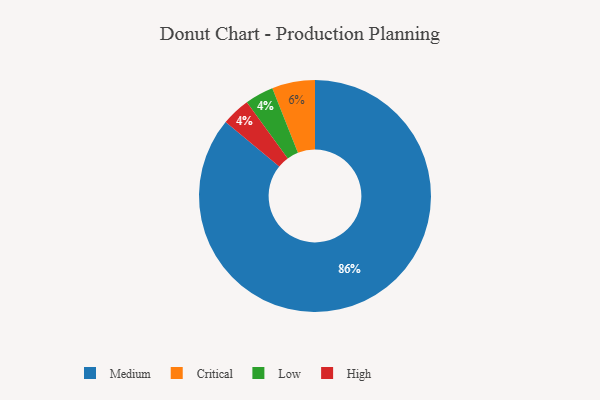
{"axis": {"x": "Category", "y": "Percentage"}, "legend": ["Critical", "High", "Low", "Medium"], "data": [{"x": "Critical", "y": 6, "type": "Critical"}, {"x": "Low", "y": 4, "type": "Low"}, {"x": "High", "y": 4, "type": "High"}, {"x": "Medium", "y": 86, "type": "Medium"}]}